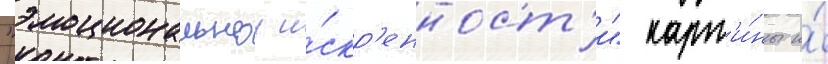
"эмоциональнои и́скр'енност'и" карт'и́ны и́